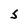
Character: S